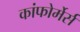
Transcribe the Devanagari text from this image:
कांफोर्मेर्स